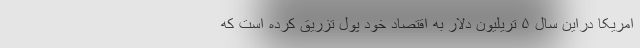
امریکا دراین سال ۵ تریلیون دلار به اقتصاد خود پول تزریق کرده است که